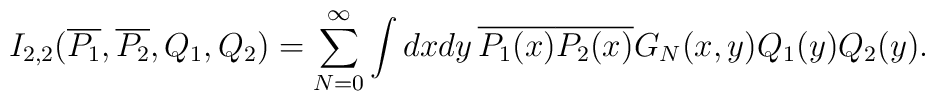
I_{2,2}(\overline{P_1},\overline{P_2},Q_1,Q_2) =\sum_{N=0}^{\infty} \int dx dy \,\overline{P_1(x)}\overline{P_2(x)} G_N(x,y) Q_1(y) Q_2(y).